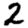
Digit: 2